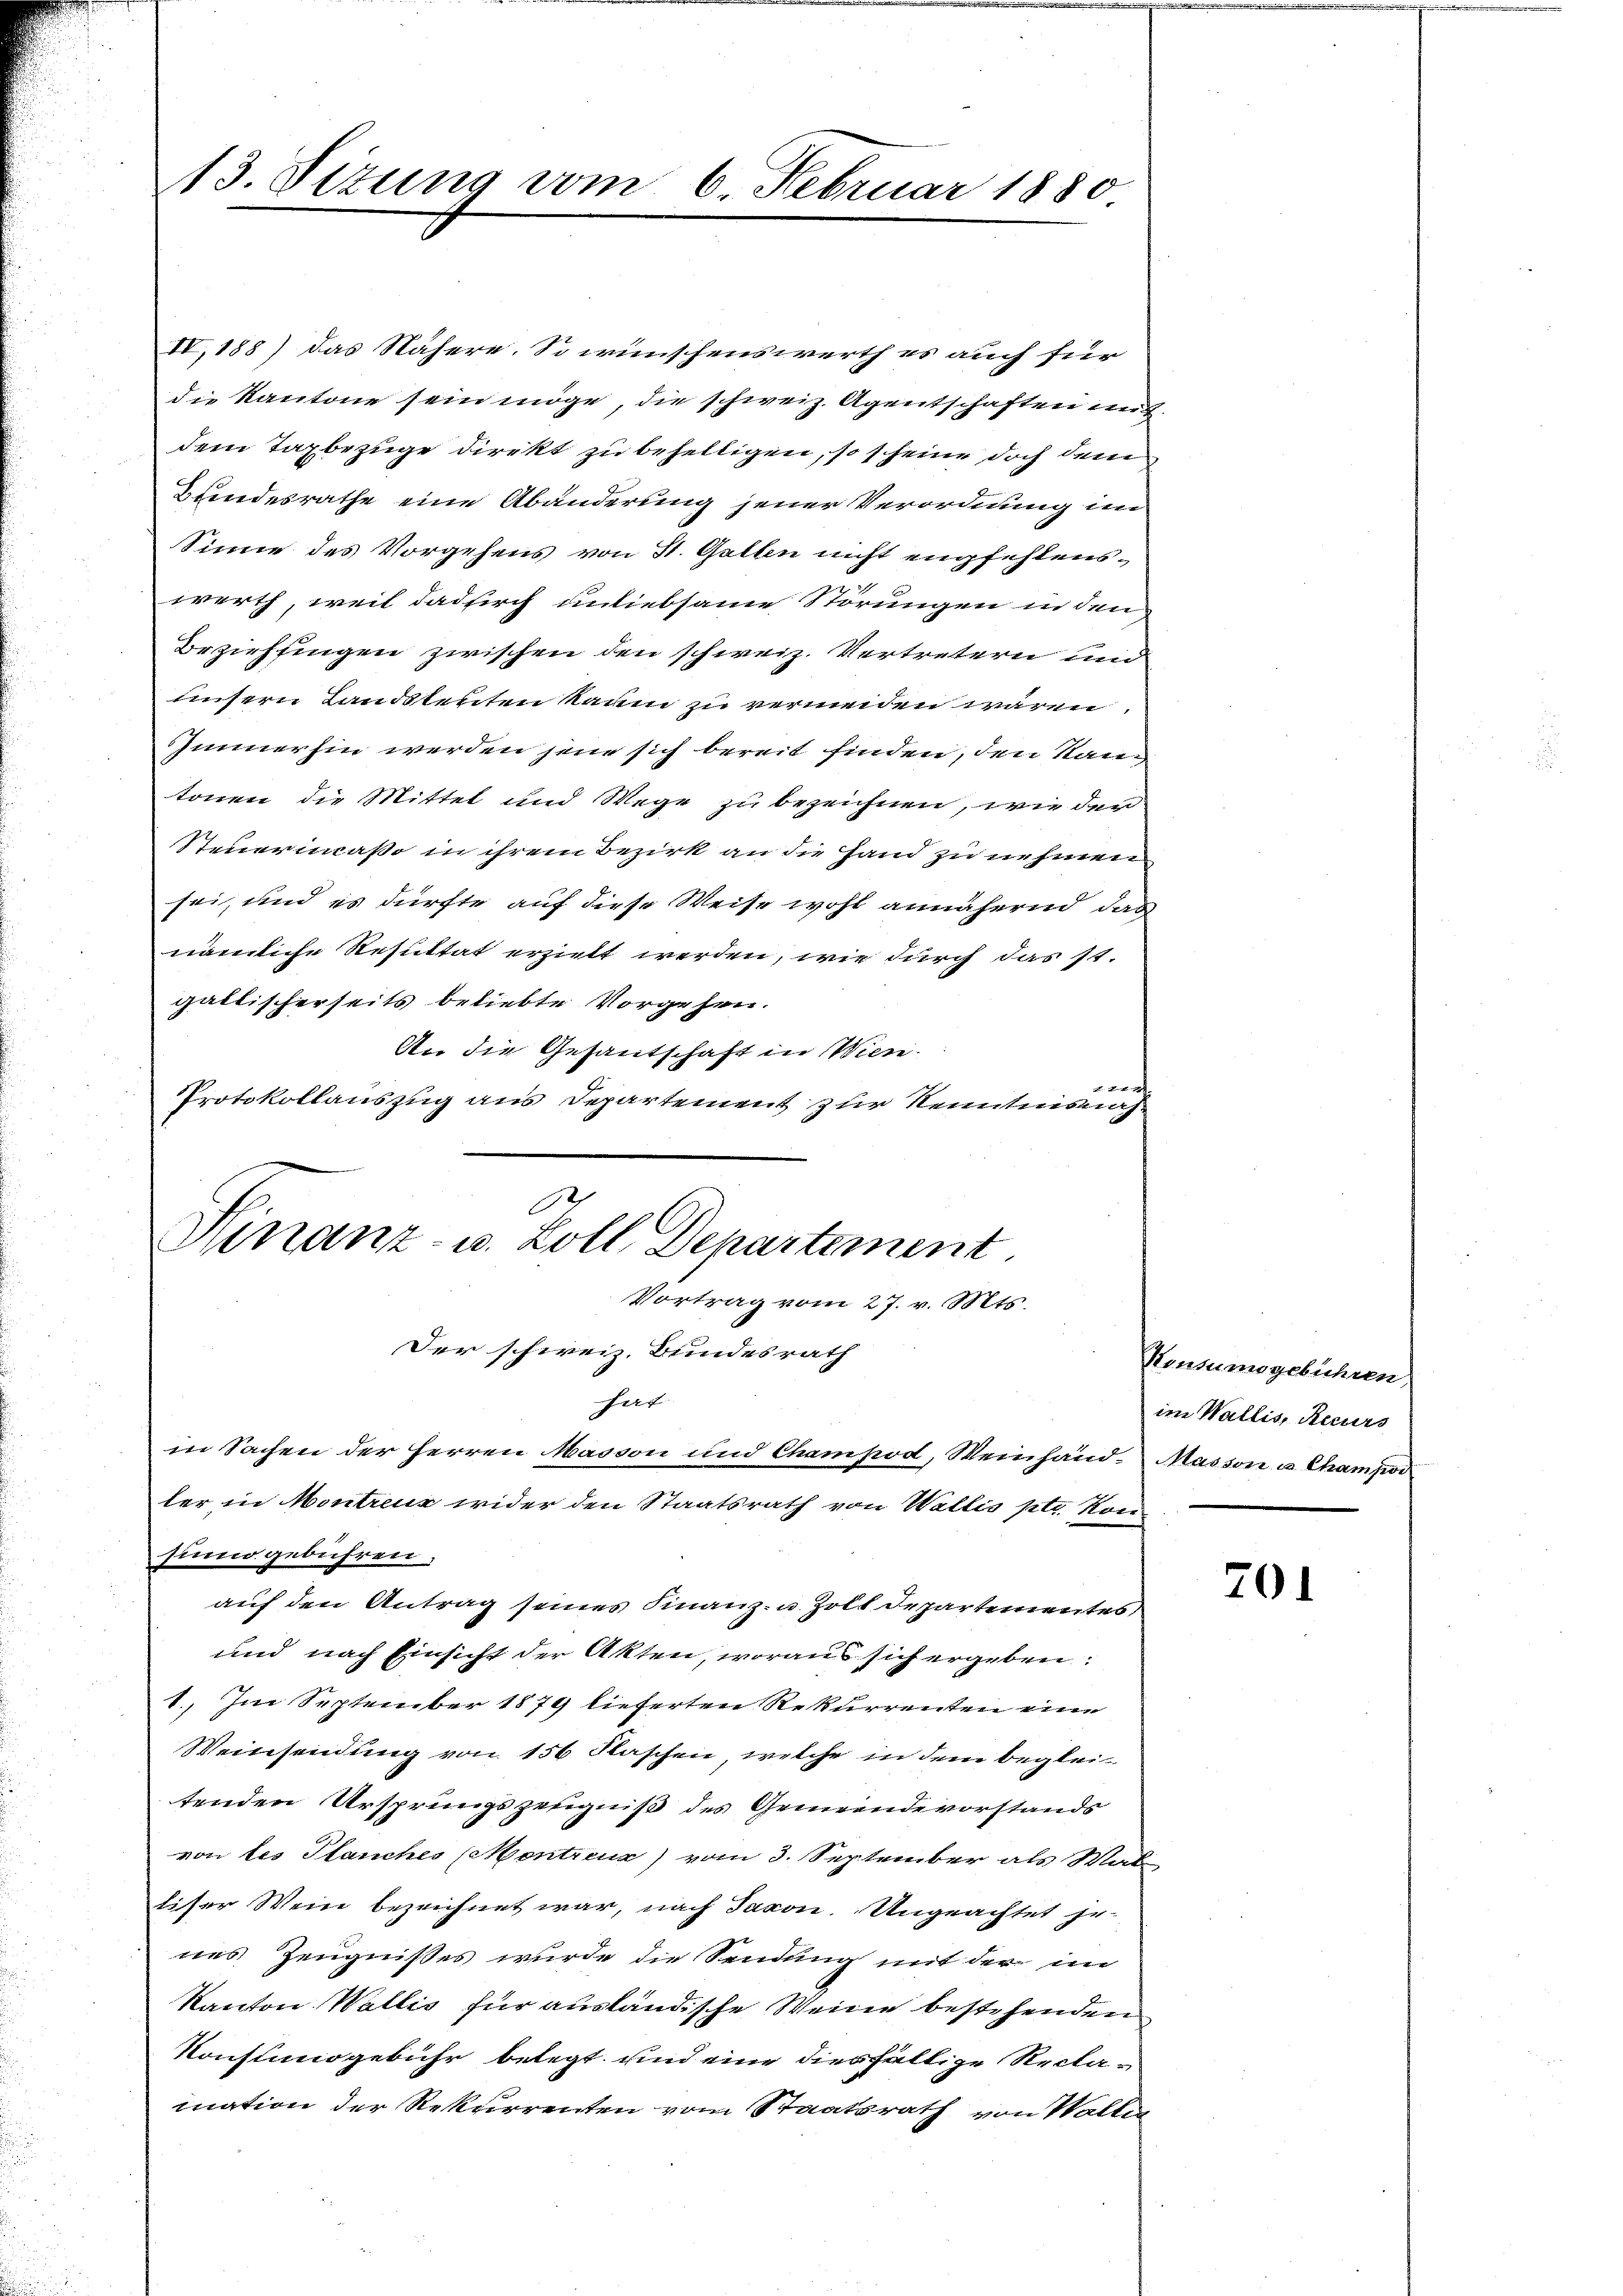
13. Sizung vom 6. Februar 1880

IV, 188) das Nähere. So wünschenswerth es auch für
die Kantone sein möge, die schweiz. Agentschaften unt
dem Taxbezüge direkt zu behelligen, so scheine doch dem
Bundesrathe eine Abänderung jener Verordnung im
Sinne des Vorgehens von St. Gallen nicht empfehlenswerth, weil dadurch unliebsame Störungen in den
Beziehungen zwischen den schweiz. Vertretern und
unsern Landstenten kaum zu vermeiden wären.
Immerhin werden jene sich bereit finden, den Rang
tonen die Mittel und Wege zu bezeichnen, wie den
Steuerinaßo in ihrem Bezirk an die Hand zu nehmen
sei, und es dürfte auf diese Weise wohl annähernd, das
nämliche Resultat erzielt werden, wie durch das 11.
galtischerseits beliebte Vorgehen.
An die Gesantschaft in Wien.
 1
Protokollauszug aus Departement zur Kenntnisnahe

Ninanz- u. Zoll, Departement.
Vortrag vom 27. v. Mts.
Der schweiz. Bundesrath

ler in Montreux wider den Staatsrath von Wallis ptr. Kon
sinne gebühren,
auf den Antrag seines Finanz- u. Zoll Departementes
und nach Einsicht der Akten, woraus sich ergeben:
1) Im September 1879 lieferten Rekurrenten eine
Weinsendung von 156 Flaschen, welche in dem begleitenden Ursprungszeugniß des Gemeindevorstands
von des Planches (Montreux) vom 3. September als Wal
lisser Wein bezeichnet war, nach Jacon. Ungeachtet je
nes Zeugnisses wurde die Sendung mit der im
Kanton Wallis für ausländische Weine bestehenden
Konstungebühr belegt, und eine diesfällige Reclamation der Rekurrenten vom Staatsrath von Walter

hat
in Sachen der Herren Masson und Champod, Weinhand- Masson u. Champod

Rensumsgebühren
im Wallis, Recurs

70.